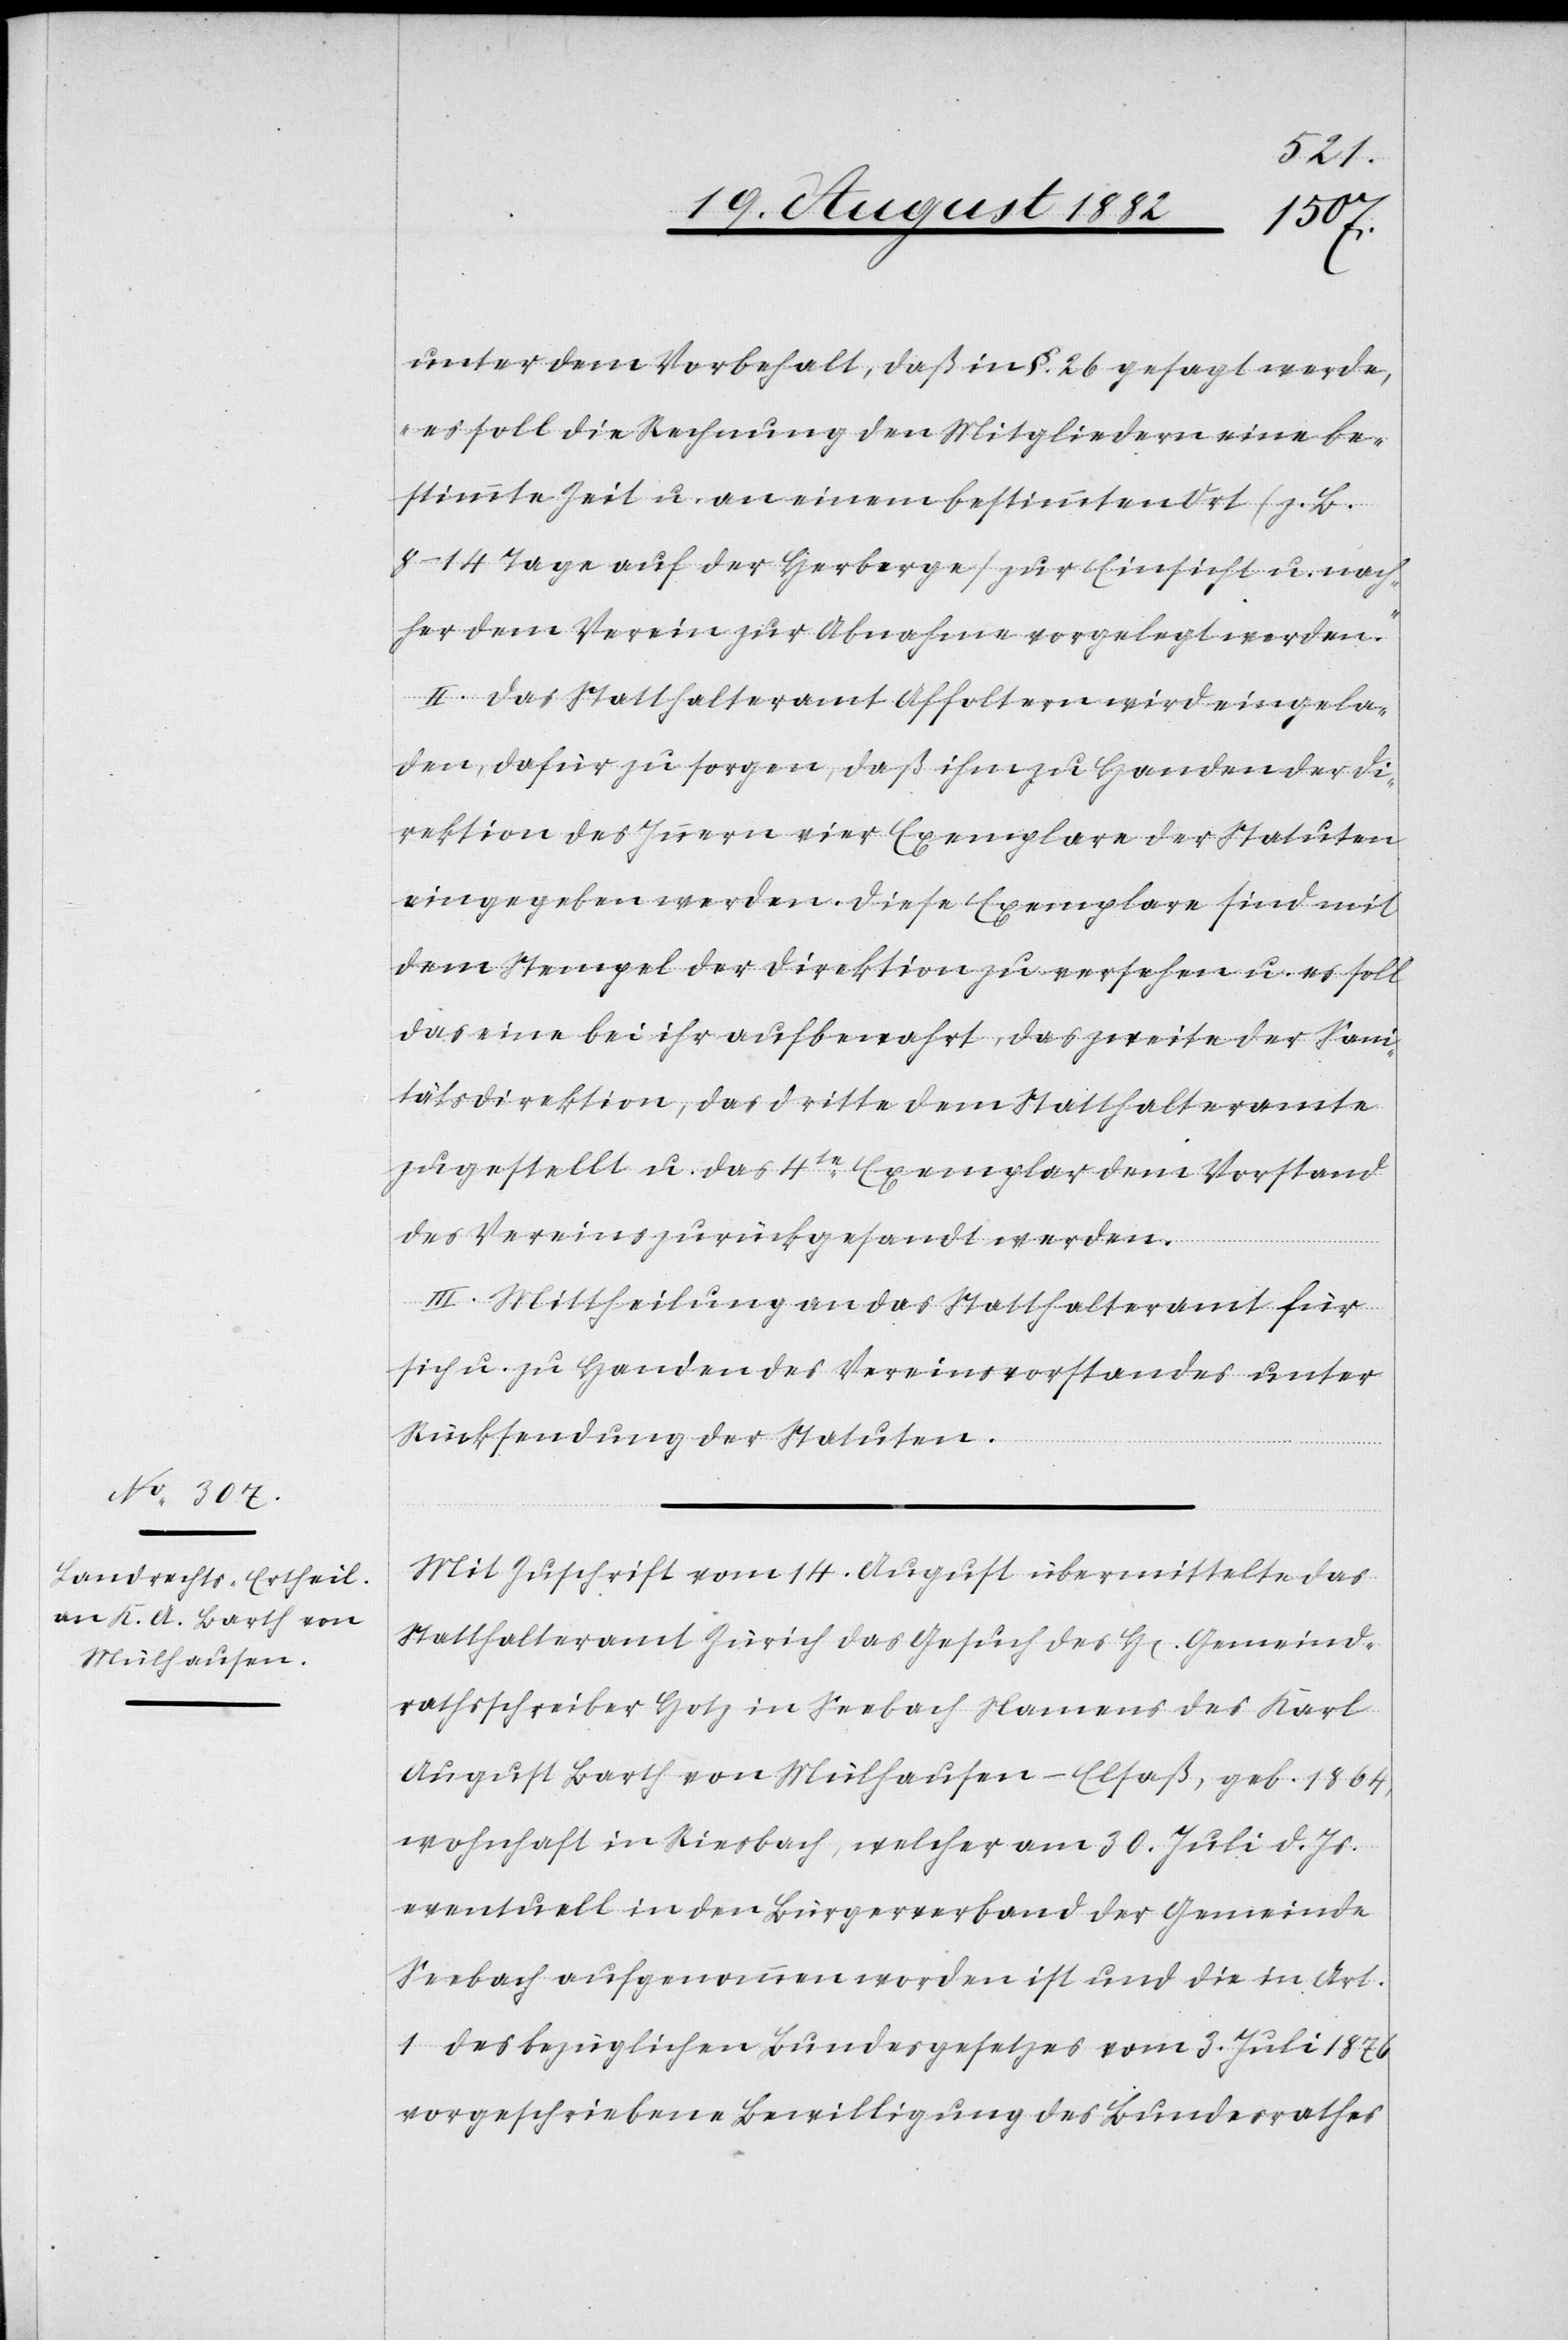
unter dem Vorbehalt, daß in §. 26 gesagt werde,
„es soll die Rechnung den Mitgliedern eine be¬
stimmte Zeit u. an einem bestimmten Ort (z. B.
8–14 Tage auf der Herberge) zur Einsicht u. nach¬
her dem Verein zur Abnahme vorgelegt werden.“
II. Das Statthalteramt Affoltern wird eingela¬
den, dafür zu sorgen, daß ihm zu Handen der Di¬
rektion des Innern vier Exemplare der Statuten
eingegeben werden. Diese Exemplare sind mit
dem Stempel der Direktion zu versehen u. es soll
das eine bei ihr aufbewahrt, das zweite der Sani¬
tätsdirektion, das dritte dem Statthalteramte
zugestellt u. das 4te Exemplare dem Vorstand
des Verein zurückgesandt werden.
III. Mittheilung an das Statthalteramt für
sich u. zu Handen des Vereinsvorstandes unter
Rücksendung der Statuten.
Mit Zuschrift vom 14. August übermittelte das
Statthalteramt Zürich das Gesuch des H[erren] Gemeind¬
rathsschreiber Hotz in Seebach Namens des Karl
August Barth von Mülhausen - Elsaß, geb. 1864,
wohnhaft in Riesbach, welcher am 30. Juli d. Js.
eventuell in den Bürgerverband der Gemeinde
Seebach aufgenommen worden ist und die in Art.
1 des bezüglichen Bundesgesetzes vom 3. Juli 1876
vorgeschriebene Bewilligung des Bundesrathes